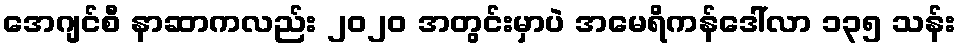
အေဂျင်စီ နာဆာကလည်း ၂၀၂၀ အတွင်းမှာပဲ အမေရိကန်ဒေါ်လာ ၁၃၅ သန်း